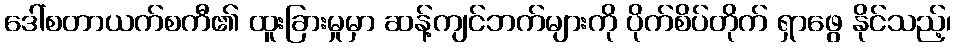
ဒေါ်စတာယက်စကီ၏ ထူးခြားမှုမှာ ဆန့်ကျင်ဘက်များကို ပိုက်စိပ်တိုက် ရှာဖွေ နိုင်သည့်၊